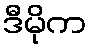
ဒီမိုက